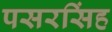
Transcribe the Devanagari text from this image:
पसरसिंह